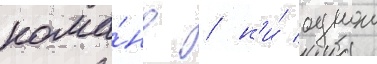
кома́нд / н'и́ однои